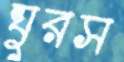
ঘুরস